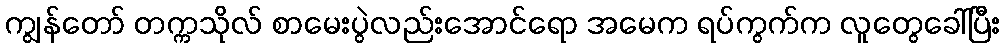
ကျွန်တော် တက္ကသိုလ် စာမေးပွဲလည်းအောင်ရော အမေက ရပ်ကွက်က လူတွေခေါ်ပြီး